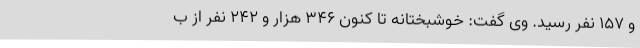
و 157 نفر رسید. وی گفت: خوشبختانه تا کنون 346 هزار و 242 نفر از ب